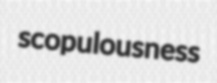
scopulousness